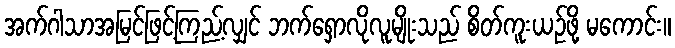
အက်ဂါသာအမြင်ဖြင့်ကြည့်လျှင် ဘက်ရှောလိုလူမျိုးသည် စိတ်ကူးယဉ်ဖို့ မကောင်း။